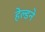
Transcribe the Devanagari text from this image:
हेल्डने